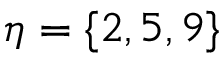
\eta = \{ 2 , 5 , 9 \}